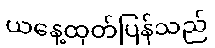
ယနေ့ထုတ်ပြန်သည်